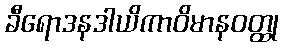
ခီရောဒနဒါယိကာဝိမာနဝတ္ထု